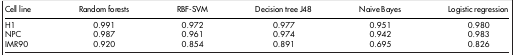
<table><thead><tr><td><b>Cell line</b></td><td><b>Random forests</b></td><td><b>RBF-SVM</b></td><td><b>Decision tree J48</b></td><td><b>Naive Bayes</b></td><td><b>Logistic regression</b></td></tr></thead><tbody><tr><td>H1</td><td>0.991</td><td>0.972</td><td>0.977</td><td>0.951</td><td>0.980</td></tr><tr><td>NPC</td><td>0.987</td><td>0.961</td><td>0.974</td><td>0.942</td><td>0.983</td></tr><tr><td>IMR90</td><td>0.920</td><td>0.854</td><td>0.891</td><td>0.695</td><td>0.826</td></tr></tbody></table>